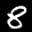
Label: 8